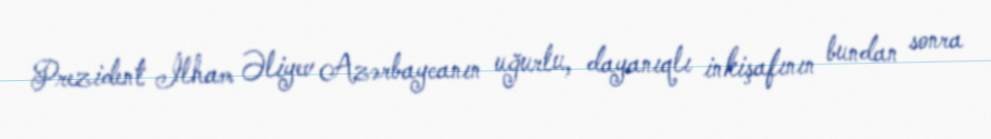
Prezident İlham Əliyev Azərbaycanın uğurlu, dayanıqlı inkişafının bundan sonra